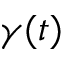
\gamma ( t )